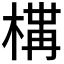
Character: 𭫐